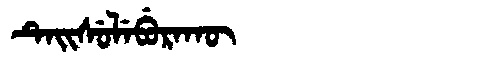
Manchu: ᡨᡝᡳᠰᡠᠯᡝᠪᡠᡵᠠᡴᡡ
Romanization: TEISULEBURAKŪ